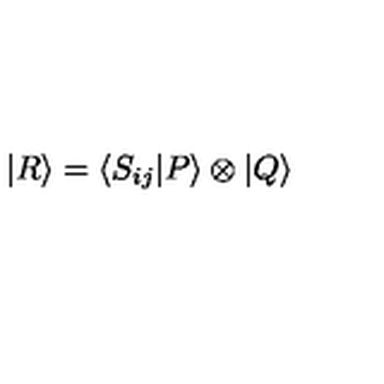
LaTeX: | R \rangle = \langle S _ { i j } | P \rangle \otimes | Q \rangle